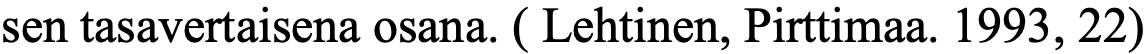
sen tasavertaisena osana. ( Lehtinen, Pirttimaa. 1993, 22)